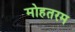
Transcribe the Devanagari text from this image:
मोहतरम